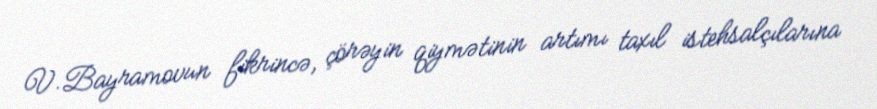
V.Bayramovun fikrincə, çörəyin qiymətinin artımı taxıl istehsalçılarına